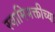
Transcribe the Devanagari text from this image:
स्वामिभक्तीच्या